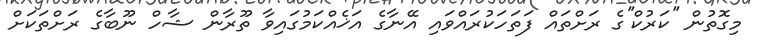
މިގޮތުން ''ކަރުކް''ގެ ރަށްތައް ފަތަހަކުރައްވައި އޭނާގެ އަޚެއްކަމުގައިވާ ތޫރާން ޝާހް ނޫބާގެ ރަށްތަކަށް